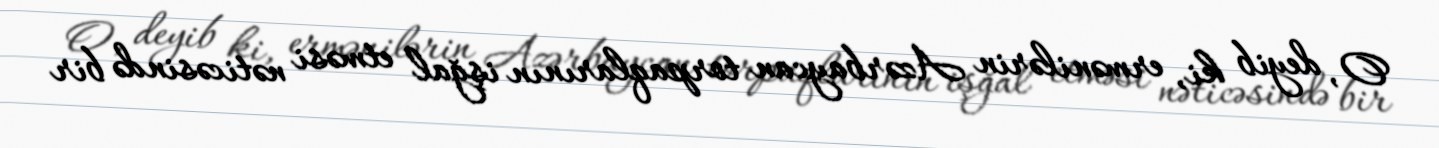
O, deyib ki, ermənilərin Azərbaycan torpaqlarının işğal etməsi nəticəsində bir